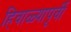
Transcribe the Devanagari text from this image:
हिवाळ्यापूर्वी